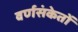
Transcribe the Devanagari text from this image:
वर्णसंकेतों